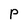
Character: p